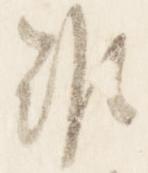
難